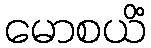
မောစယိံ